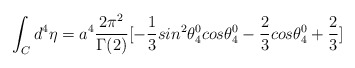
\begin{align*}\int_{C}{d^4}{\eta} = a^4 \frac{2\pi^{2}}{\Gamma(2)}[-\frac{1}{3}sin^2\theta_4^0cos\theta_4^0- \frac{2}{3}cos\theta_4^0 + \frac{2}{3}]\end{align*}